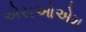
એસઓએમ